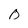
Character: 0